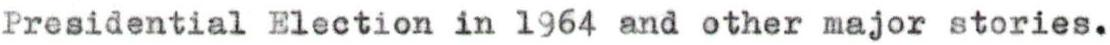
Presidential Election in 1964 and other major stories.